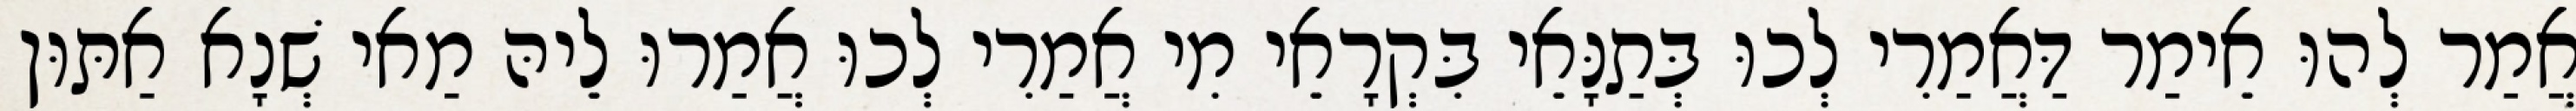
אֲמַר לְהוּ אֵימַר דַּאֲמַרִי לְכוּ בְּתַנָּאֵי בִּקְרָאֵי מִי אֲמַרִי לְכוּ אֲמַרוּ לֵיהּ מַאי שְׁנָא אַתּוּן